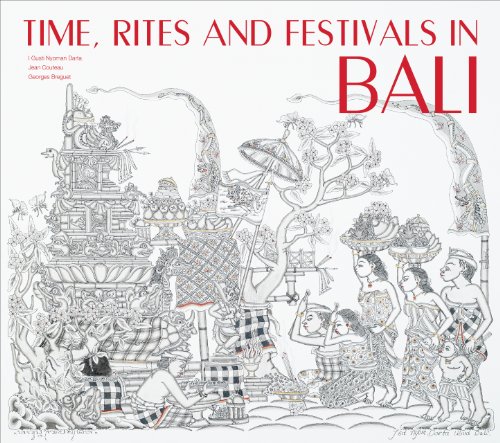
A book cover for Time, Rites and Festivals in Bali; Jean Couteau Ph.D.; Religion & Spirituality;